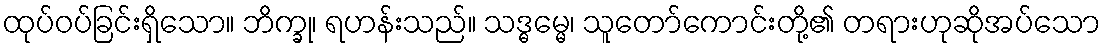
ထုပ်ဝပ်ခြင်းရှိသော။ ဘိက္ခု၊ ရဟန်းသည်။ သဒ္ဓမ္မေ၊ သူတော်ကောင်းတို့၏ တရားဟုဆိုအပ်သော